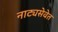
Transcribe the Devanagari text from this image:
नाट्यसेवेत